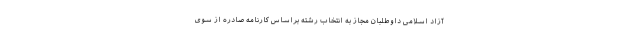
آزاد اسلامی داوطلبان مجاز به انتخاب رشته براساس کارنامه صادره از سوی